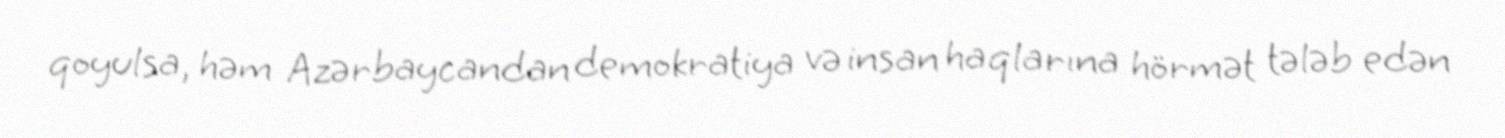
qoyulsa, həm Azərbaycandan demokratiya və insan haqlarına hörmət tələb edən